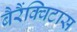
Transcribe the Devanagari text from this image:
बैरैंक्विटास